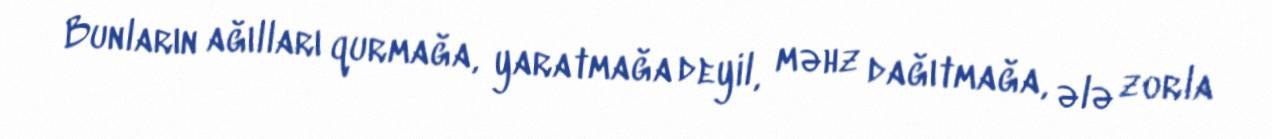
Bunların ağılları qurmağa, yaratmağa deyil, məhz dağıtmağa, ələ zorla